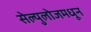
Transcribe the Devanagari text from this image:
सेल्युलोजमधून